Report on the bubonic plague in Bombay, 1896-1897
Year: 1896
Disease focus: Plague
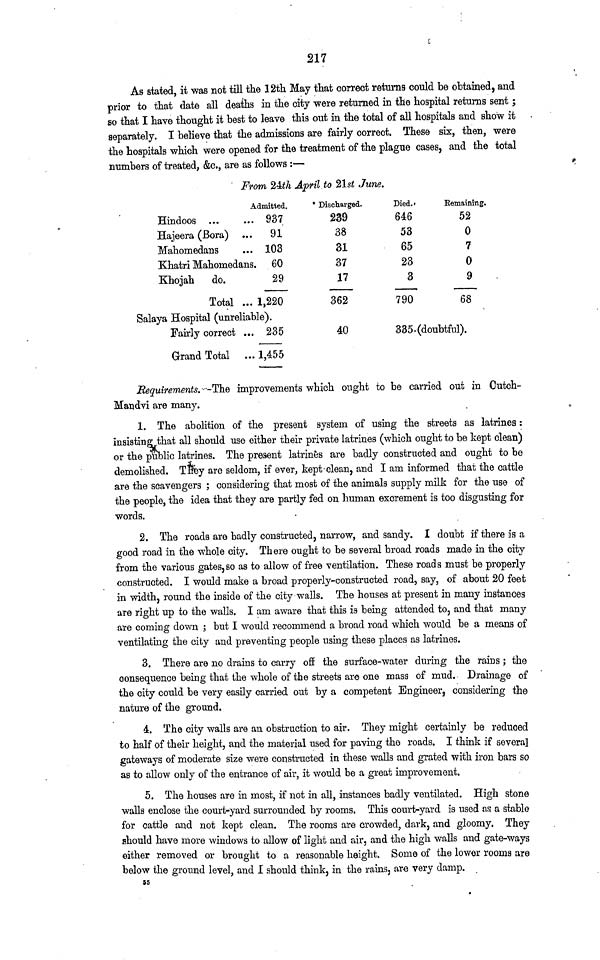
217
As stated, it was not till the 12th May that correct returns could be obtained, and
prior to that date all deaths in the city were returned in the hospital returns sent ;
so that I have thought it best to leave this out in the total of all hospitals and show it
separately. I believe that the admissions are fairly correct. These six, then, were
the hospitals which were opened for the treatment of the plague cases, and the total
numbers of treated, &c., are as follows :—
From 24th April to 21st June.
Admitted.
Hindoos ...
... 937
Hajeera (Bora) ...
91
Mahomedans
... 103
Khatri Mahomedans. 60
Khojah
do.
29
Total ... 1,220
Salaya Hospital (unreliable).
Fairly correct ... 235
Grand Total ... 1,455
* Discharged.
239
38
31
37
17
362
40
Died.
646
53
65
23
3
790
Remaining.
52
0
7
0
9
68
335 (doubtful).
Requirements.—The improvements which ought to be carried out in Gutch-
Mandvi are many.
1. The abolition of the present system of using the streets as latrines :
insistingthat all should use either their private latrines (which ought to be kept clean)
or the public latrines. The present latrines are badly constructed and ought to be
demolished. They are seldom, if ever, kept-clean, and I am informed that the cattle
are the scavengers ; considering that most of the animals supply milk for the use of
the people, the idea that they are partly fed on human excrement is too disgusting for
words.
2. The roads are badly constructed, narrow, and sandy. I doubt if there is a
good road in the whole city. There ought to be several broad roads made in the city
from the various gates,so as to allow of free ventilation. These roads must be properly
constructed. I would make a broad properly-constructed road, say, of about 20 feet
in width, round the inside of the city walls. The houses at present in many instances
are right up to the walls. I am aware that this is being attended to, and that many
are coming down ; but I would recommend a broad road which would be a means of
ventilating the city and preventing people using these places as latrines.
3. There are no drains to carry off the surface-water during the rains ; the
consequence being that the whole of the streets are one mass of mud. Drainage of
the city could be very easily carried out by a competent Engineer, considering the
nature of the ground.
4. The city walls are an obstruction to air. They might certainly be reduced
to half of their height, and the material used for paving the roads. I think if several
gateways of moderate size were constructed in these walls and grated with iron bars so
as to allow only of the entrance of air, it would be a great improvement.
5. The houses are in most, if not in all, instances badly ventilated. High stone
walls enclose the court-yard surrounded by rooms. This court-yard is used as a stable
for cattle and not kept clean. The rooms are crowded, dark, and gloomy. They
should have more windows to allow of light and air, and the high walls and gate-ways
either removed or brought to a reasonable height. Some of the lower rooms are
below the ground level, and I should think, in the rains, are very clamp.
55